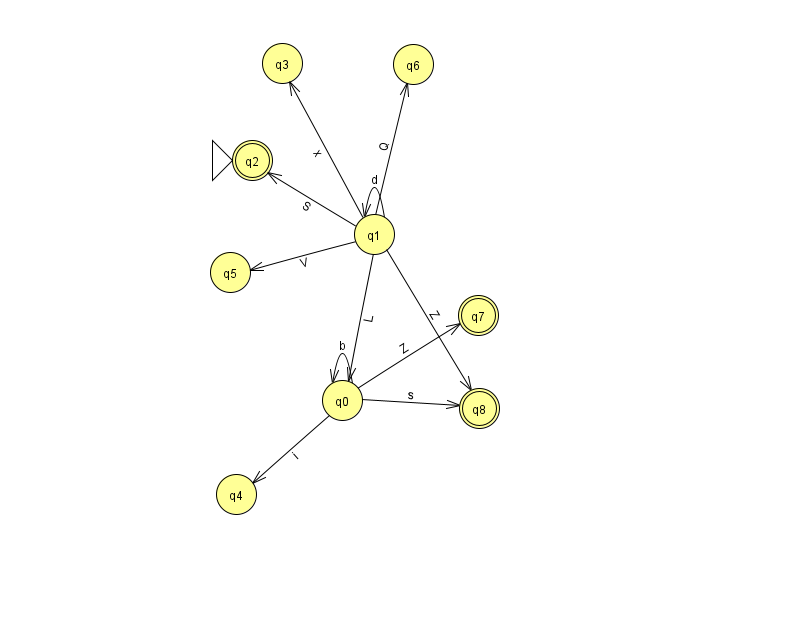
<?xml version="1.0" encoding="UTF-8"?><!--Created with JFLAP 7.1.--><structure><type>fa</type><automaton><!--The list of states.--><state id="0" name="q0"><x>342.0</x><y>387.0</y></state><state id="1" name="q1"><x>374.0</x><y>221.0</y></state><state id="2" name="q2"><x>252.0</x><y>147.0</y><initial/><final/></state><state id="3" name="q3"><x>282.0</x><y>50.0</y></state><state id="4" name="q4"><x>236.0</x><y>481.0</y></state><state id="5" name="q5"><x>230.0</x><y>259.0</y></state><state id="6" name="q6"><x>413.0</x><y>51.0</y></state><state id="7" name="q7"><x>478.0</x><y>302.0</y><final/></state><state id="8" name="q8"><x>479.0</x><y>395.0</y><final/></state><!--The list of transitions.--><transition><from>0</from><to>7</to><read>Z</read></transition><transition><from>0</from><to>0</to><read>b</read></transition><transition><from>0</from><to>8</to><read>s</read></transition><transition><from>1</from><to>1</to><read>d</read></transition><transition><from>0</from><to>4</to><read>i</read></transition><transition><from>1</from><to>5</to><read>V</read></transition><transition><from>1</from><to>2</to><read>S</read></transition><transition><from>1</from><to>8</to><read>Z</read></transition><transition><from>1</from><to>0</to><read>L</read></transition><transition><from>1</from><to>3</to><read>x</read></transition><transition><from>1</from><to>6</to><read>Q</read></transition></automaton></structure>